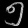
Digit: ၅